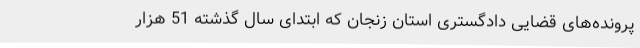
پرونده‌های قضایی دادگستری استان زنجان که ابتدای سال گذشته 51 هزار